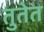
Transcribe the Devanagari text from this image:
तुतेत